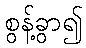
စွန့်ခွာ၍